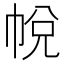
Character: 帨